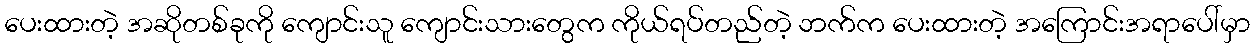
ပေးထားတဲ့ အဆိုတစ်ခုကို ကျောင်းသူ ကျောင်းသားတွေက ကိုယ်ရပ်တည်တဲ့ ဘက်က ပေးထားတဲ့ အကြောင်းအရာပေါ်မှာ